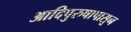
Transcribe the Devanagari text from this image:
आदिपुरुषापासून